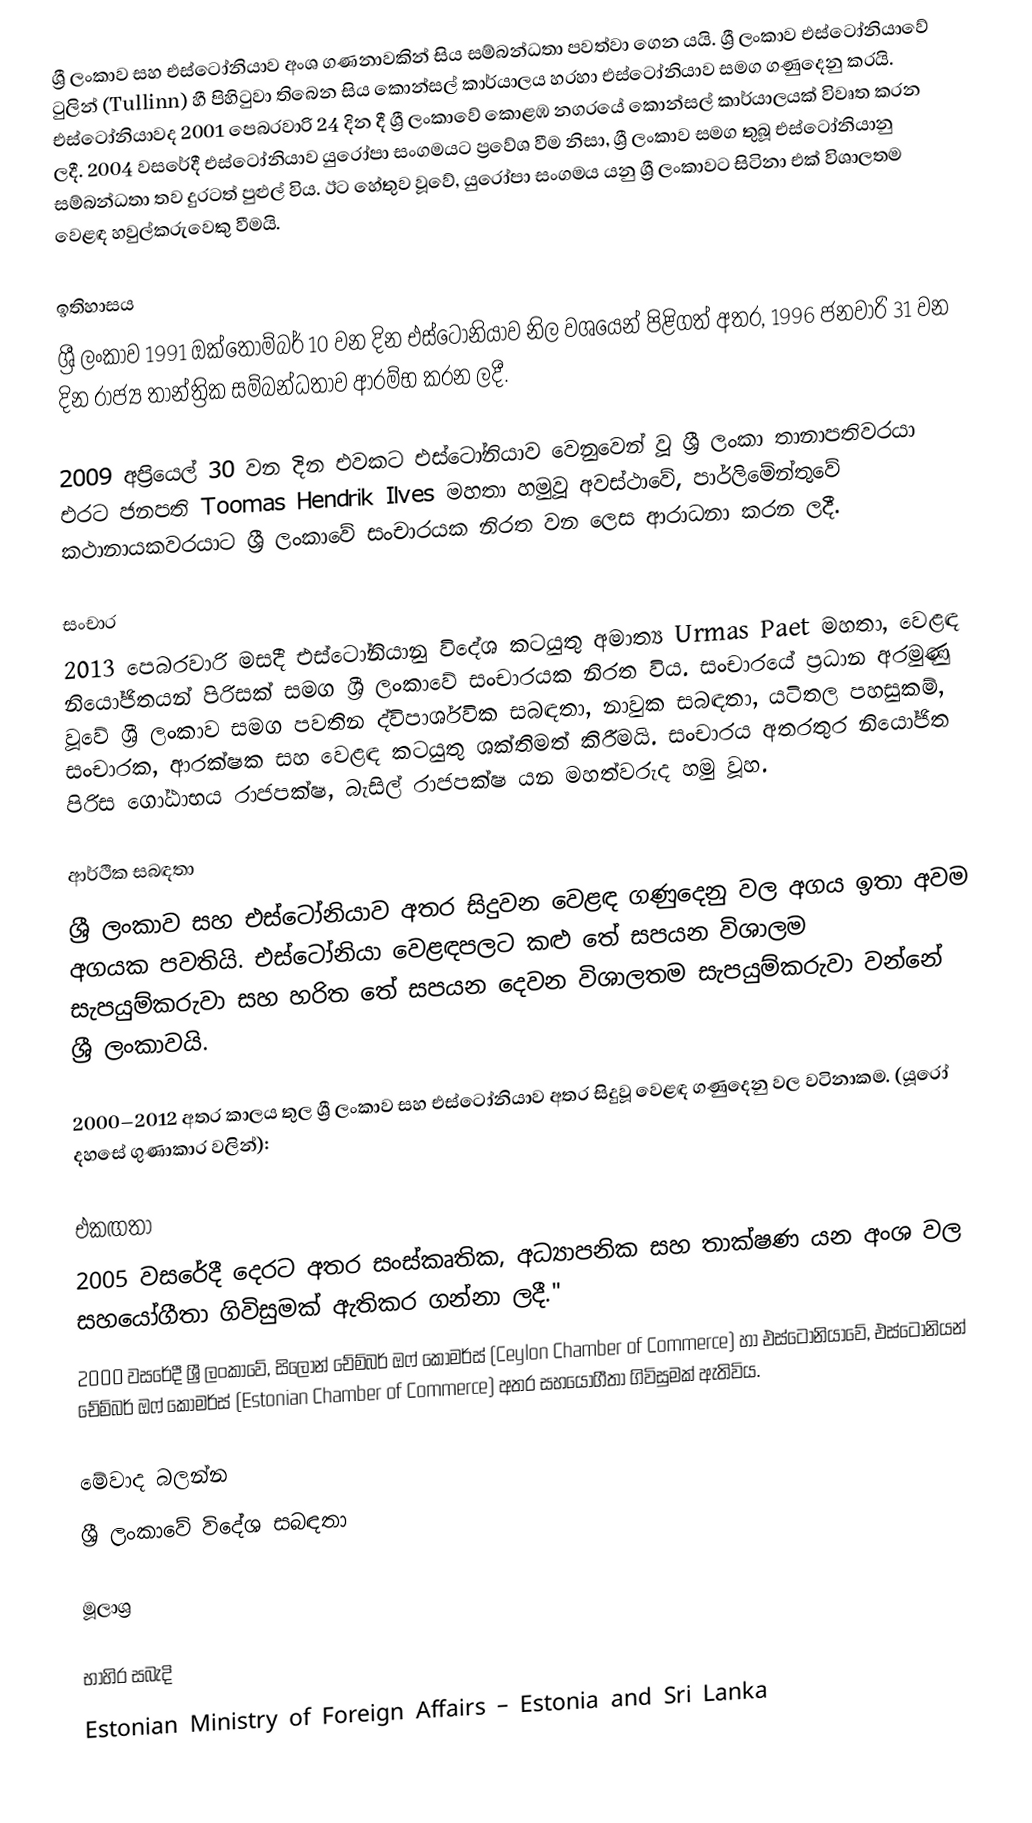
ශ්‍රී ලංකාව සහ එස්ටෝනියාව අංශ ගණනාවකින් සිය සම්බන්ධතා පවත්වා ගෙන යයි. ශ්‍රී ලංකාව එස්ටෝනියාවේ ටුලින් (Tullinn) හී පිහිටුවා තිබෙන සිය කොන්සල් කාර්යාලය හරහා එස්ටෝනියාව සමග ගණුදෙනු කරයි. එස්ටෝනියාවද 2001 පෙබරවාරි 24 දින දී ශ්‍රී ලංකාවේ කොළඹ නගරයේ කොන්සල් කාර්යාලයක් විවෘත කරන ලදී. 2004 වසරේදී එස්ටෝනියාව යුරෝපා සංගමයට ප්‍රවේශ වීම නිසා, ශ්‍රී ලංකාව සමග තුබූ එස්ටෝනියානු සම්බන්ධතා තව දුරටත් පුළුල් විය. ඊට හේතුව වූවේ, යුරෝපා සංගමය යනු ශ්‍රී ලංකාවට සිටිනා එක් විශාලතම වෙළඳ හවුල්කරුවෙකු වීමයි.

ඉතිහාසය
ශ්‍රී ලංකාව 1991 ඔක්තෝම්බර් 10 වන දින එස්ටෝනියාව නිල වශයෙන් පිළිගත් අතර, 1996 ජනවාරි 31 වන දින රාජ්‍ය තාන්ත්‍රික සම්බන්ධතාව ආරම්භ කරන ලදී.

2009 අප්‍රියෙල් 30 වන දින එවකට එස්ටෝනියාව වෙනුවෙන් වූ ශ්‍රී ලංකා තානාපතිවරයා එරට ජනපති Toomas Hendrik Ilves මහතා හමුවූ අවස්ථාවේ, පාර්ලිමේන්තුවේ කථානායකවරයාට ශ්‍රී ලංකාවේ සංචාරයක නිරත වන ලෙස ආරාධනා කරන ලදී.

සංචාර
2013 පෙබරවාරි මසදී එස්ටෝනියානු විදේශ කටයුතු අමාත්‍ය Urmas Paet මහතා, වෙළඳ නියෝජිතයන් පිරිසක් සමග ශ්‍රී ලංකාවේ සංචාරයක නිරත විය. සංචාරයේ ප්‍රධාන අරමුණු වූවේ ශ්‍රී ලංකාව සමග පවතින ද්විපාර්ශවික සබඳතා, නාවුක සබඳතා, යටිතල පහසුකම්, සංචාරක, ආරක්ෂක සහ වෙළඳ කටයුතු ශක්තිමත් කිරීමයි. සංචාරය අතරතුර නියෝජිත පිරිස ගෝඨාභය රාජපක්ෂ, බැසිල් රාජපක්ෂ යන මහත්වරුද හමු වූහ.

ආර්ථික සබඳතා
ශ්‍රී ලංකාව සහ එස්ටෝනියාව අතර සිදුවන වෙළඳ ගණුදෙනු වල අගය ඉතා අවම අගයක පවතියි. එස්ටෝනියා වෙළඳපලට කළු තේ සපයන විශාලම සැපයුම්කරුවා සහ හරිත තේ සපයන දෙවන විශාලතම සැපයුම්කරුවා වන්නේ ශ්‍රී ලංකාවයි.

2000–2012 අතර කාලය තුල ශ්‍රී ලංකාව සහ එස්ටෝනියාව අතර සිදුවූ වෙළඳ ගණුදෙනු වල වටිනාකම. (යූරෝ දහසේ ගුණාකාර වලින්):

එකඟතා
2005 වසරේදී දෙරට අතර සංස්කෘතික, අධ්‍යාපනික සහ තාක්ෂණ යන අංශ වල සහයෝගීතා ගිවිසුමක් ඇතිකර ගන්නා ලදී."
2000 වසරේදී ශ්‍රී ලංකාවේ, සිලෝන් චේම්බර් ඔෆ් කොමර්ස් (Ceylon Chamber of Commerce) හා එස්ටෝනියාවේ, එස්ටෝනියන් චේම්බර් ඔෆ් කොමර්ස් (Estonian Chamber of Commerce) අතර සහයෝගීතා ගිවිසුමක් ඇතිවිය.

මේවාද බලන්න
 ශ්‍රී ලංකාවේ විදේශ සබඳතා

මූලාශ්‍ර

භාහිර සබැදි
 Estonian Ministry of Foreign Affairs – Estonia and Sri Lanka